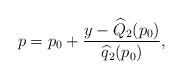
LaTeX: \begin{align*}p = p_{0} + \frac{y - \widehat{Q}_{2}(p_{0})}{\widehat{q}_{2}(p_{0})},\end{align*}